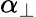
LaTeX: \alpha_{\perp}